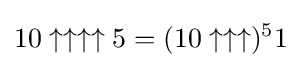
10\uparrow \uparrow \uparrow \uparrow 5=(10\uparrow \uparrow \uparrow )^{5}1